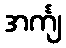
အင်္ကျ